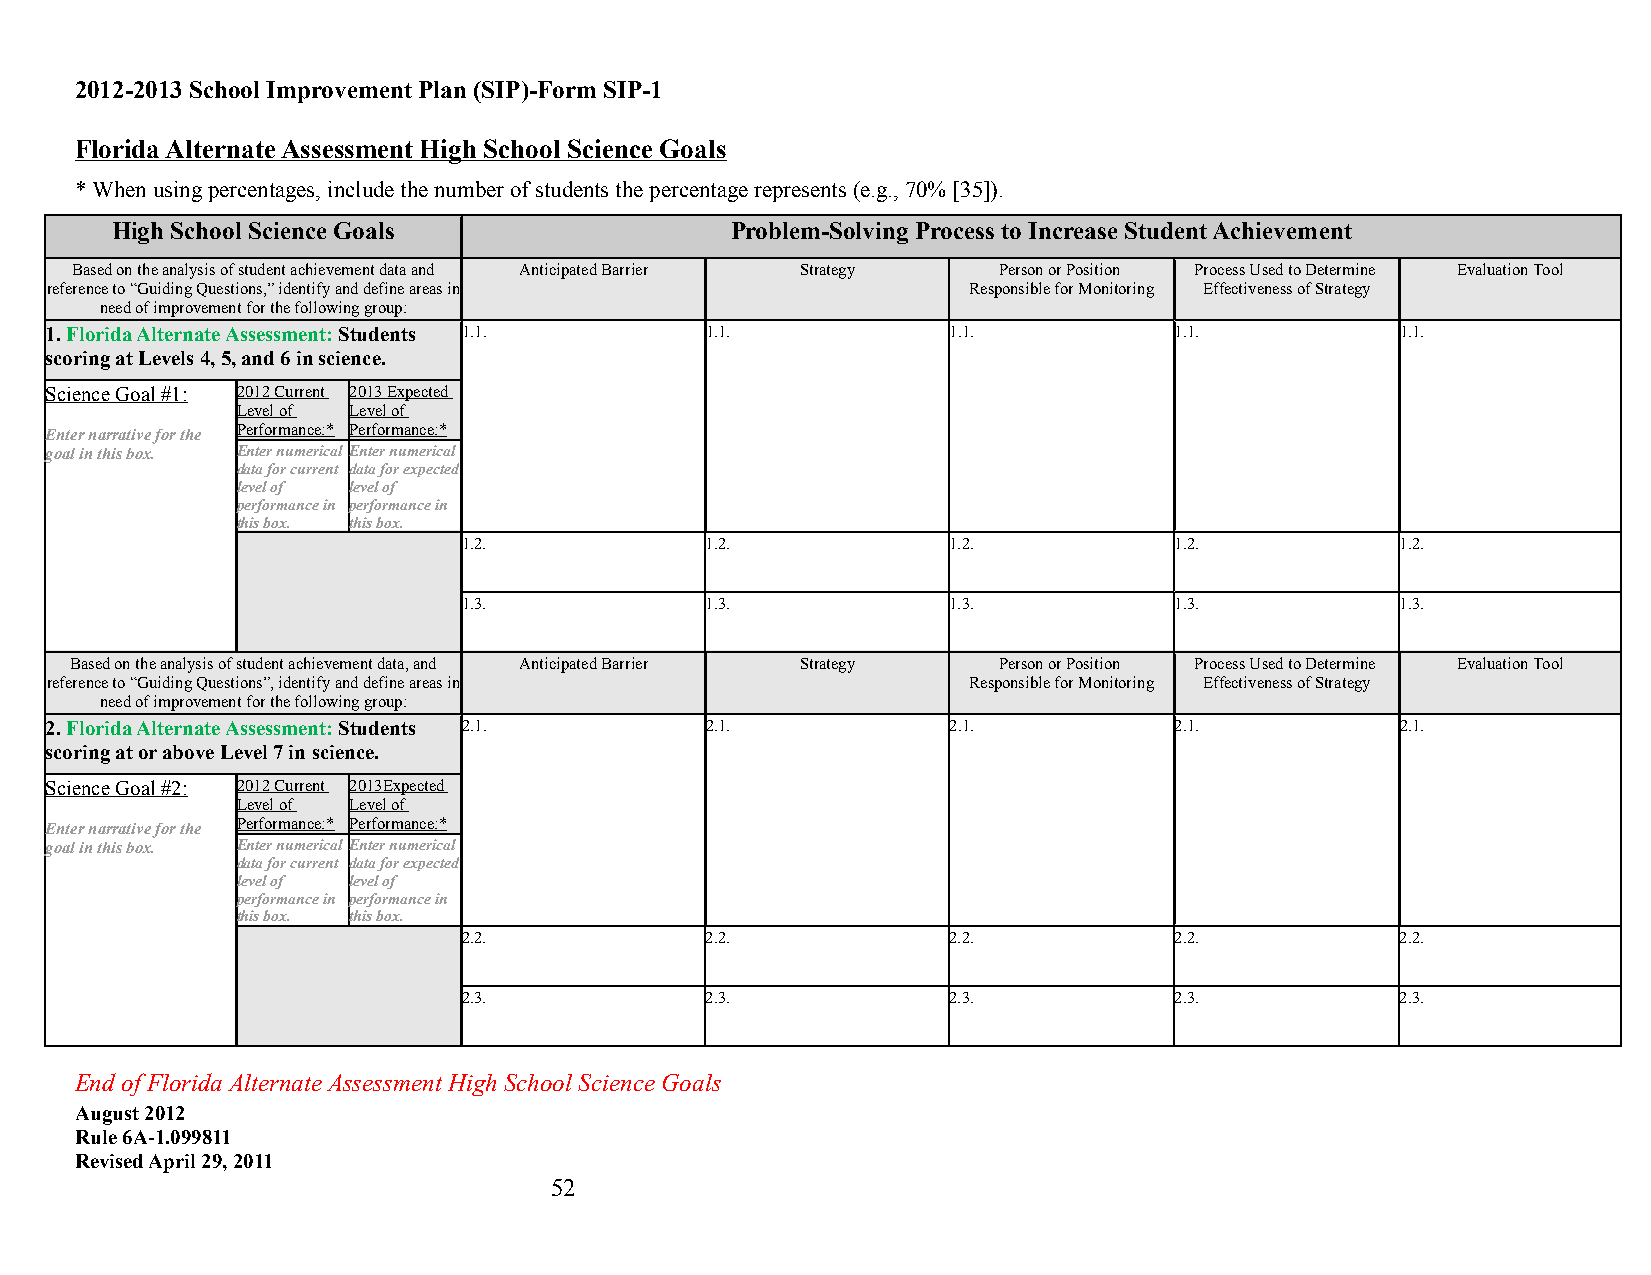
2012-2013 School Improvement Plan (SIP)-Form SIP-1
 Florida Alternate Assessment High School Science Goals
 * When using percentages, include the number of students the percentage represents (e.g., 70% [35]).
 High School Science Goals                Problem-Solving Process to Increase Student Achievement
 Based on the analysis of student achievement data and Anticipated Barrier Strategy Person or Position Process Used to Determine Evaluation Tool
 reference to “Guiding Questions,” identify and define areas in Responsible for Monitoring Effectiveness of Strategy
 need of improvement for the following group:
 1. Florida Alternate Assessment: Students 1.1. 1.1.         1.1.           1.1.           1.1.
 scoring at Levels 4, 5, and 6 in science.
 Science Goal #1: 2012 Current 2013 Expected
 Level of Level of
 Enter narrative for the Performance:* Performance:*
 goal in this box. Enter numerical Enter numerical
 data for current data for expected
 level of level of
 performance in performance in
 this box. this box.
 1.2.            1.2.            1.2.           1.2.           1.2.
 1.3.            1.3.            1.3.           1.3.           1.3.
 Based on the analysis of student achievement data, and Anticipated Barrier Strategy Person or Position Process Used to Determine Evaluation Tool
 reference to “Guiding Questions”, identify and define areas in Responsible for Monitoring Effectiveness of Strategy
 need of improvement for the following group:
 2. Florida Alternate Assessment: Students 2.1. 2.1.         2.1.           2.1.           2.1.
 scoring at or above Level 7 in science.
 Science Goal #2: 2012 Current 2013Expected
 Level of Level of
 Enter narrative for the Performance:* Performance:*
 goal in this box. Enter numerical Enter numerical
 data for current data for expected
 level of level of
 performance in performance in
 this box. this box.
 2.2.            2.2.            2.2.           2.2.           2.2.
 2.3.            2.3.            2.3.           2.3.           2.3.
 End of Florida Alternate Assessment High School Science Goals
 August 2012
 Rule 6A-1.099811
 Revised April 29, 2011
 52